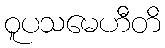
ဝူပသမေဟီတိ